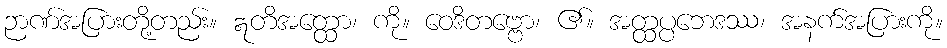
ဉာဏ်အပြားတို့တည်း။ ဣတိအတ္ထော၊ ကို။ ဝေဒိတဗ္ဗော၊ ၏။ အတ္ထပ္ပဘေဒဿ၊ အနက်အပြားကို။